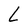
Character: L